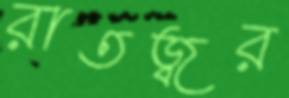
রাতজ্বর